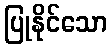
ပြုနိုင်သော